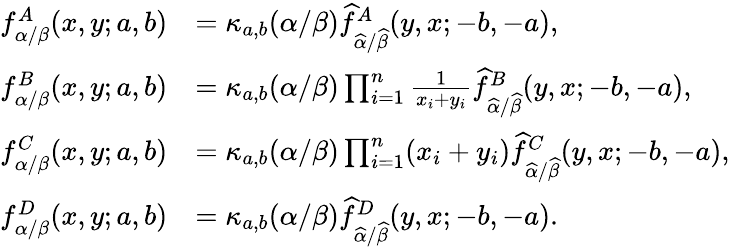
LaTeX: \begin{array}{rl}{f_{\alpha/\beta}^{A}(x,y;a,b)}&{=\kappa_{a,b}(\alpha/\beta)\widehat{f}_{\widehat{\alpha}/\widehat{\beta}}^{A}(y,x;-b,-a),}\\ {f_{\alpha/\beta}^{B}(x,y;a,b)}&{=\kappa_{a,b}(\alpha/\beta)\prod_{i=1}^{n}\frac{1}{x_{i}+y_{i}}\widehat{f}_{\widehat{\alpha}/\widehat{\beta}}^{B}(y,x;-b,-a),}\\ {f_{\alpha/\beta}^{C}(x,y;a,b)}&{=\kappa_{a,b}(\alpha/\beta)\prod_{i=1}^{n}(x_{i}+y_{i})\widehat{f}_{\widehat{\alpha}/\widehat{\beta}}^{C}(y,x;-b,-a),}\\ {f_{\alpha/\beta}^{D}(x,y;a,b)}&{=\kappa_{a,b}(\alpha/\beta)\widehat{f}_{\widehat{\alpha}/\widehat{\beta}}^{D}(y,x;-b,-a).}\end{array}